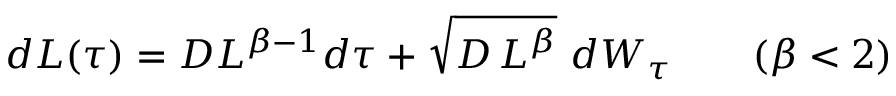
\begin{array} { r } { d L ( \tau ) = D L ^ { \beta - 1 } d \tau + \sqrt { D \, L ^ { \beta } } \ d W _ { \tau } \qquad ( \beta < 2 ) } \end{array}